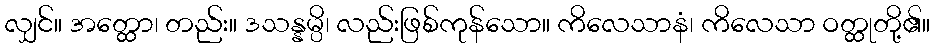
လျှင်။ အတ္ထော၊ တည်း။ ဒသန္နမ္ပိ၊ လည်းဖြစ်ကုန်သော။ ကိလေသာနံ၊ ကိလေသာ ဝတ္ထုတို့၏။